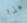
هذا